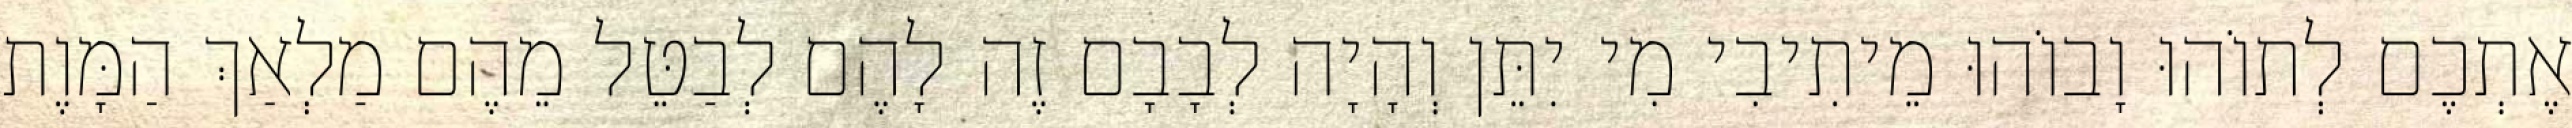
אֶתְכֶם לְתוֹהוּ וָבוֹהוּ מֵיתִיבִי מִי יִתֵּן וְהָיָה לְבָבָם זֶה לָהֶם לְבַטֵּל מֵהֶם מַלְאַךְ הַמָּוֶת